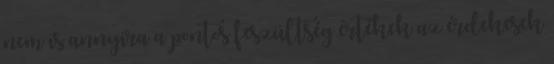
nem is annyira a pontos feszültség értékek az érdekesek